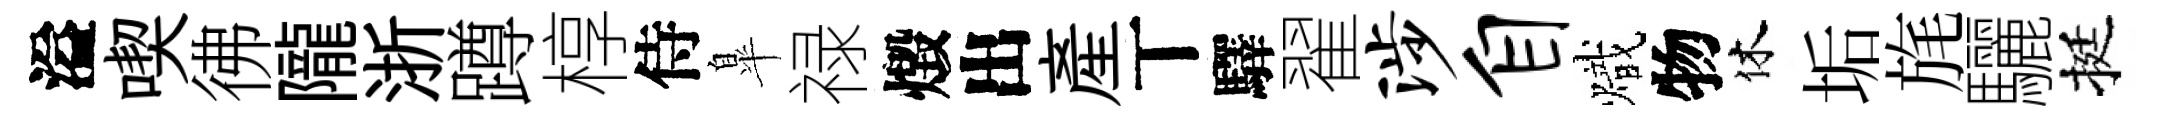
溢喫彿隴浙蹲椁侍臯禄燬出産丅驛翟涉自熾物休垢旄驪挺